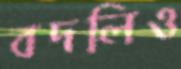
বদলিও